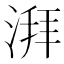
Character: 湃